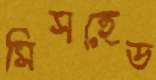
মিসহেড